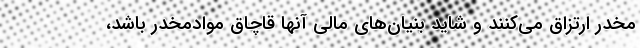
مخدر ارتزاق می‌کنند و شاید بنیان‌های مالی آنها قاچاق موادمخدر باشد،